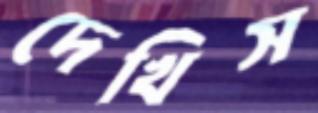
দেখিস